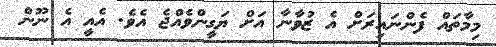
މިމާތައް ފެންނައިރަށް އެ ޒުވާނާ އަށް ޔަގީންވެއްޖެ އެވެ. އެއީ އެ ނޫން